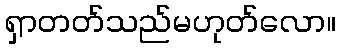
ရှာတတ်သည်မဟုတ်လော။